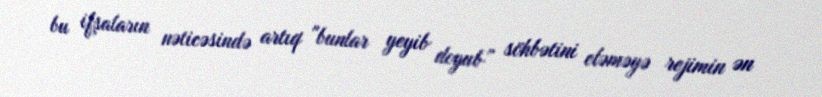
bu ifşaların nəticəsində artıq "bunlar yeyib doyub” söhbətini eləməyə rejimin ən